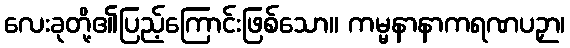
လေးခုတို့၏ပြည့်ကြောင်းဖြစ်သော။ ကမ္မနာနာကရဏပဉှာ၊